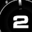
Digit: 2